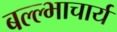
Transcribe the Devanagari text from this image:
बल्ल्भाचार्य